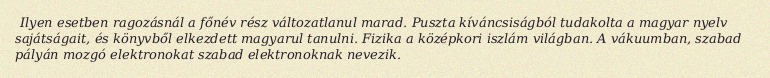
Ilyen esetben ragozásnál a főnév rész változatlanul marad. Puszta kíváncsiságból tudakolta a magyar nyelv sajátságait, és könyvből elkezdett magyarul tanulni. Fizika a középkori iszlám világban. A vákuumban, szabad pályán mozgó elektronokat szabad elektronoknak nevezik.